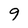
Character: 9